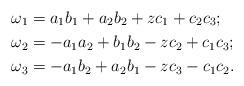
LaTeX: \begin{align*} \omega_1&=a_1b_1 + a_2b_2+zc_1+c_2c_3;\\ \omega_2&=-a_1a_2 +b_1b_2-zc_2+c_1c_3;\\ \omega_3&=- a_1b_2 + a_2b_1-zc_3-c_1c_2.\end{align*}